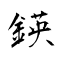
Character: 鍈